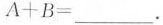
A+B=_________.